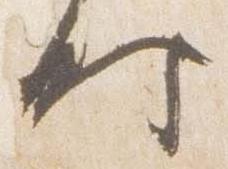
時